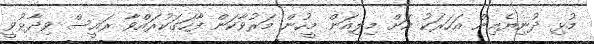
މުޅި ދުނިޔެއިން އަހަރަކު އަށް މިލިއަން މީހުން މަރުވާކަން ފާހަގަކުރައްވާ ރައީސް ވިދާޅުވީ